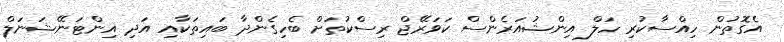
އެގޮތުން ހިއްސާކުރި ހަލް އިންޝުއަރެންސް ކަވަރޭޖް ރިސްކުތަށް ބެހިގެންދާ ބައިތަކާއި އަދި އިންޓަނޭޝަނަލް